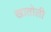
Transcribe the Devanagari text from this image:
खातोली